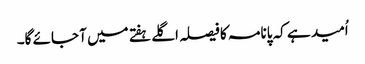
اُمید ہے کہ پانامہ کا فیصلہ اگلے ہفتے میں آ جائے گا۔